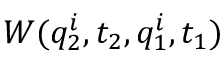
W ( q _ { 2 } ^ { i } , t _ { 2 } , q _ { 1 } ^ { i } , t _ { 1 } )